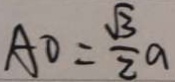
A O = \frac { \sqrt { 3 } } { 2 } a